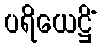
ပရိယေဋ္ဌိံ